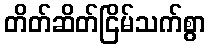
တိတ်ဆိတ်ငြိမ်သက်စွာ